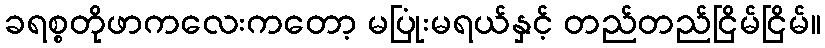
ခရစ္စတိုဖာကလေးကတော့ မပြုံးမရယ်နှင့် တည်တည်ငြိမ်ငြိမ်။